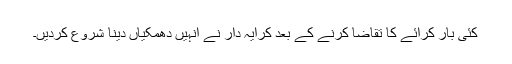
کئی بار کرائے کا تقاضا کرنے کے بعد کرایہ دار نے انہیں دھمکیاں دینا شروع کردیں۔